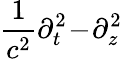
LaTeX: \frac 1{c^{2}}\partial_{t}^{2}\! -\! \partial_{z}^{2}